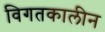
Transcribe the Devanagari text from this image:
विगतकालीन